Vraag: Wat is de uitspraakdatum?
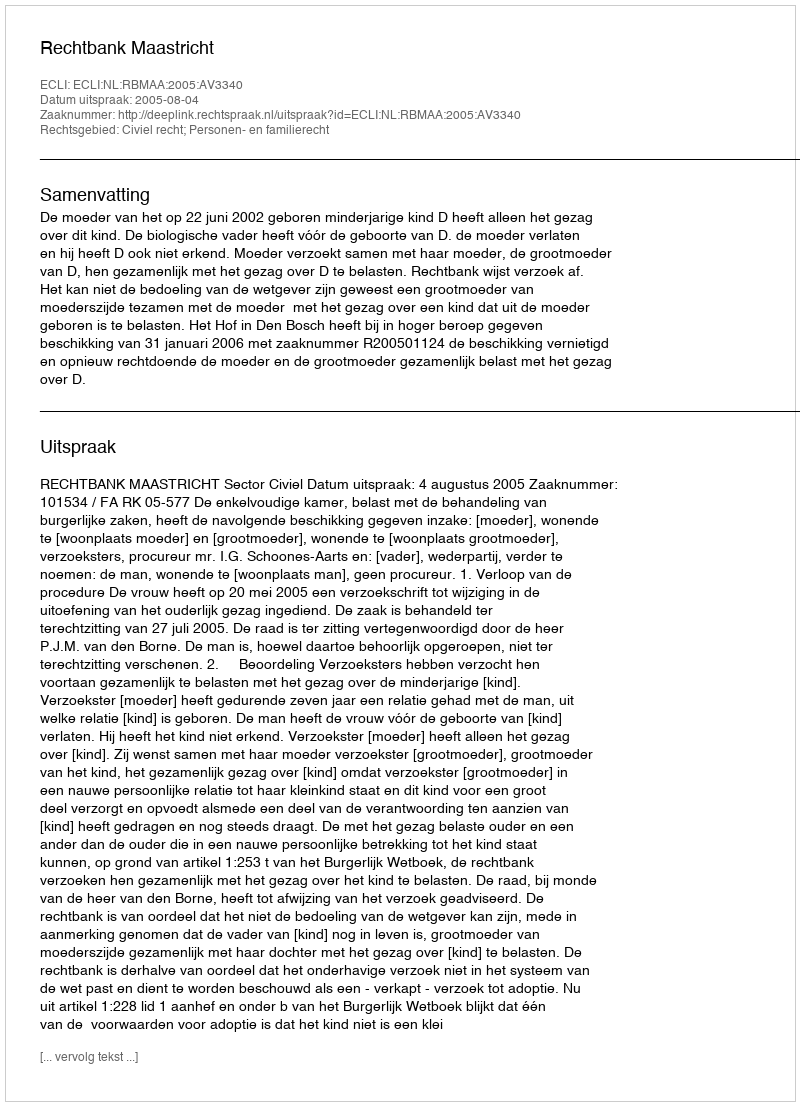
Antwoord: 2005-08-04